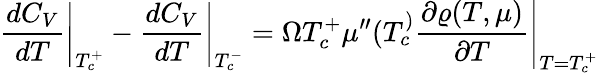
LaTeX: \left.\frac{dC_{V}}{dT}\right|_{T_{c}^{+}}-\left.\frac{dC_{V}}{dT}\right|_{T_{c}^{-}}=\left.\Omega T_{c}^{+}\mu^{\prime\prime}(T_{c}^{)}\frac{\partial\varrho(T,\mu)}{\partial T}\right|_{T=T_{c}^{+}}